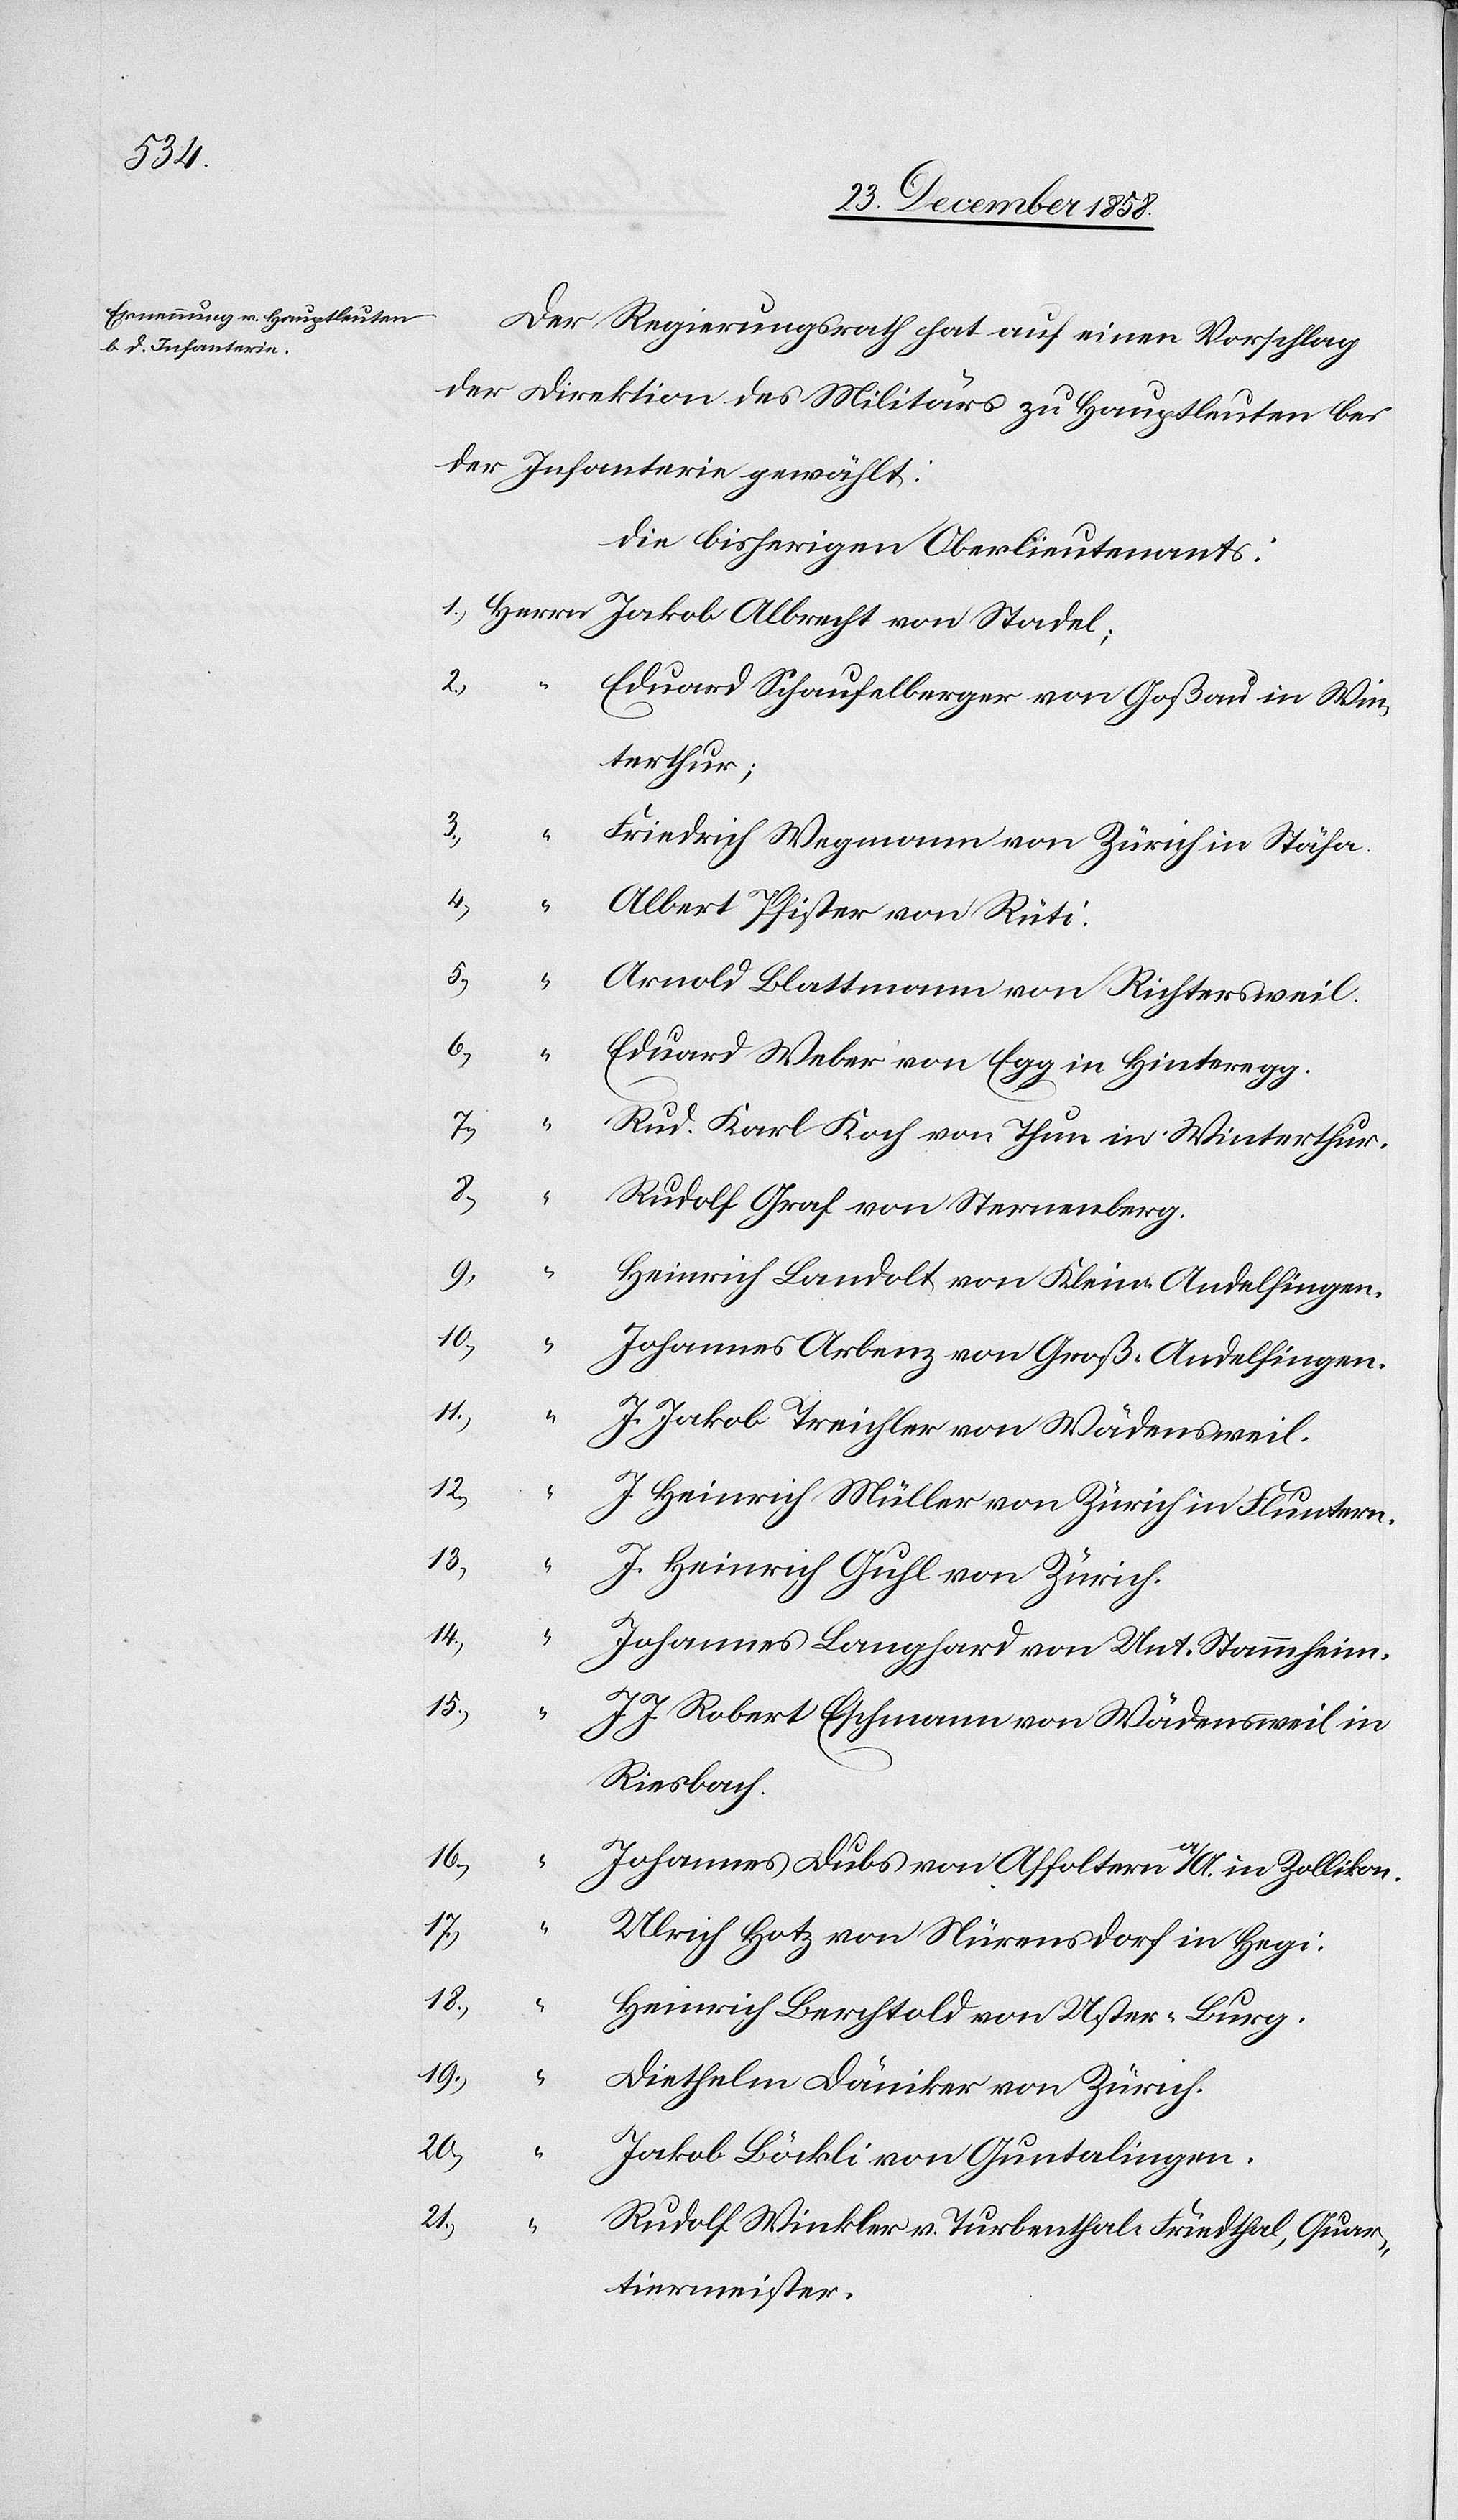
Der Regierungsrath hat auf einen Vorschlag
der Direktion des Militärs zu Hauptleuten bei
der Infanterie gewählt:
die bisherigen Oberlieutenants:
2.)
Eduard Schaufelberger von Goßau in Win¬
terthur;
3.)
“
Friedrich Wegmann von Zürich in Stäfa.
4.)
Albert Pfister von Rüti.
5.)
Arnold Blattmann von Richtersweil.
6.)
Eduard Weber von Egg in Hinteregg.
7.)
Rud. Karl Koch von Thun in Winterthur.
8.)
“
Rudolf Graf von Sternenberg.
Heinrich Landolt von Klein-Andelfingen.
10.)
Johannes Arbenz von Groß-Andelfingen.
11.)
J. Jakob Treichler von Wädensweil.
12.)
J. Heinrich Müller von Zürich in Fluntern.
13.)
J. Heinrich Guhl von Zürich.
14.)
Johannes Langhard von Unt. Stammheim.
15.)
J. J. Robert Eschmann von Wädensweil in
Riesbach.
16.)
Johannes Dubs von Affoltern a/A. in Zollikon.
17.)
Ulrich Hotz von Nürensdorf in Hegi.
18.)
Heinrich Berchtold von Uster - Burg.
19.)
Diethelm Däniker von Zürich.
20.)
Jakob Böckli von Guntalingen.
21.)
Rudolf Winkler v. Turbenthal - Friedthal, Quar¬
tiermeister.